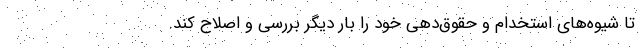
تا شیوه‌های استخدام و حقوق‌دهی خود را بار دیگر بررسی و اصلاح کند.